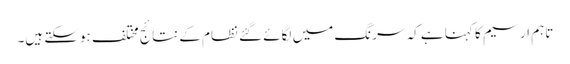
تاہم ارسیم کا کہنا ہے کہ سرنگ میں لگائے گئے نظام کے نتائج مختلف ہوسکتے ہیں۔